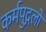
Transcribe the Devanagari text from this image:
कर्मपुद्गलों